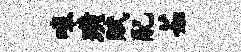
嗥璜赋配茹